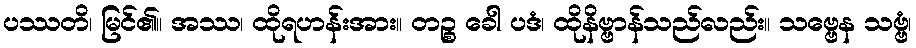
ပဿတိ၊ မြင်၏။ အဿ၊ ထိုရဟန်းအား။ တဉ္စ ခေါ ပဒံ၊ ထိုနိဗ္ဗာန်သည်လည်း။ သဗ္ဗေန သဗ္ဗံ၊